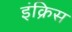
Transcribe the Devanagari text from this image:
इंक्रिस